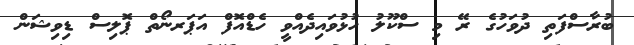
ބުރާސްފަތި ދުވަހުގެ ރޭ މި ސްކޫލު ހުޅުވައިދެއްވީ ހެޑްއޮފް އަޕަރނޯތް ޕޮލިސް ޑިވިޝަން